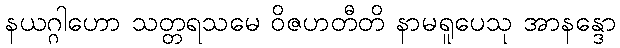
နယဂ္ဂါဟော သတ္တရသမေ ဝိဇဟတီတိ နာမရူပေသု အာနန္ဒော